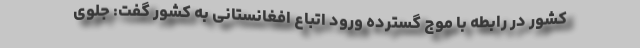
کشور در رابطه با موج گسترده ورود اتباع افغانستانی به کشور گفت: جلوی